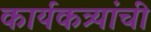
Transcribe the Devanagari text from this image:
कार्यकत्र्यांची